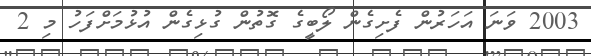
2003 ވަނަ އަހަރުން ފެށިގެން ލޯބީގެ ގޮތުން ގުޅިގެން އުޅުމަށްފަހު މި 2